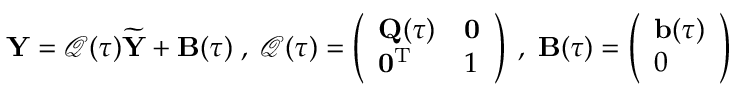
{ \mathbf Y } = \boldsymbol { \mathcal Q ( \tau ) } \widetilde { { \mathbf Y } } + { \mathbf B } ( \tau ) \; , \; \boldsymbol { \mathcal Q } ( \tau ) = \left( \begin{array} { l l } { { \mathbf Q } ( \tau ) } & { { \mathbf 0 } } \\ { { \mathbf 0 } ^ { { \mathrm T } } } & { 1 } \end{array} \right) \; , \; { \mathbf B } ( \tau ) = \left( \begin{array} { l } { { \mathbf b } ( \tau ) } \\ { 0 } \end{array} \right)